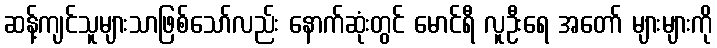
ဆန့်ကျင်သူများသာဖြစ်သော်လည်း နောက်ဆုံးတွင် မောင်ရီ လူဦးရေ အတော် များများကို